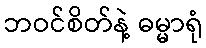
ဘဝင်စိတ်နဲ့ ဓမ္မာရုံ